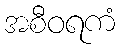
အစီဝရကံ